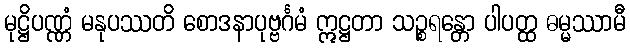
မုဋ္ဌိပဏ္ဏံ မနုပဿတိ စောဒနာပုဗ္ဗင်္ဂမံ ဣဋ္ဌတာ သဉ္စရန္တော ပါပတ္ထ ဓမ္မဿာမီ